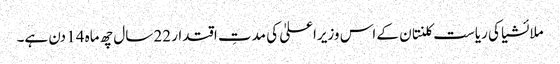
ملائشیا کی ریاست کلنتان کے اس وزیراعلیٰ کی مدتِ اقتدار 22 سال چھ ماہ 14 دن ہے۔